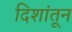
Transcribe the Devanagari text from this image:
दिशांतून